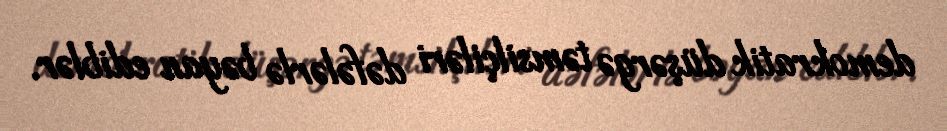
demokratik düşərgə təmsilçiləri dəfələrlə bəyan ediblər.